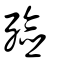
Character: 殮